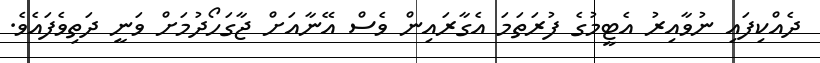
ދެއްކިފައި ނުވާއިރު އެޓީމުގެ ފުރަތަމަ އެގާރައިން ވެސް އޭނާއަށް ޖާގަހޯދުމަށް ވަނީ ދަތިވެފައެވެ.